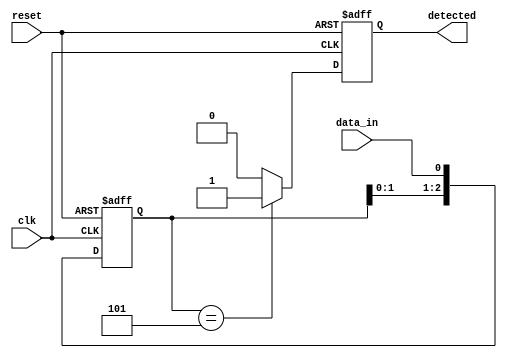
module PatternDetector (
    input wire clk,              // Clock input
    input wire reset,            // Reset input
    input wire data_in,          // Input data stream
    output reg detected          // Output signal indicating pattern detection
);
    // Parameters for the pattern
    parameter PATTERN_LENGTH = 3;  // Length of the pattern to detect (e.g., for "101")
    parameter [PATTERN_LENGTH-1:0] PATTERN = 3'b101; // Pattern to detect

    // Shift register to hold the state
    reg [PATTERN_LENGTH-1:0] shift_reg;

    // Asynchronous reset and clock process
    always @(posedge clk or posedge reset) begin
        if (reset) begin
            shift_reg <= 0;         // Initialize to known state
            detected <= 0;          // Reset detected signal
        end else begin
            // Shift the register and insert the new input
            shift_reg <= {shift_reg[PATTERN_LENGTH-2:0], data_in};

            // Check for pattern detection
            if (shift_reg == PATTERN) begin
                detected <= 1;        // Pattern detected
            end else begin
                detected <= 0;        // No match
            end
        end
    end
endmodule